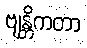
ဗျန္တိကတာ